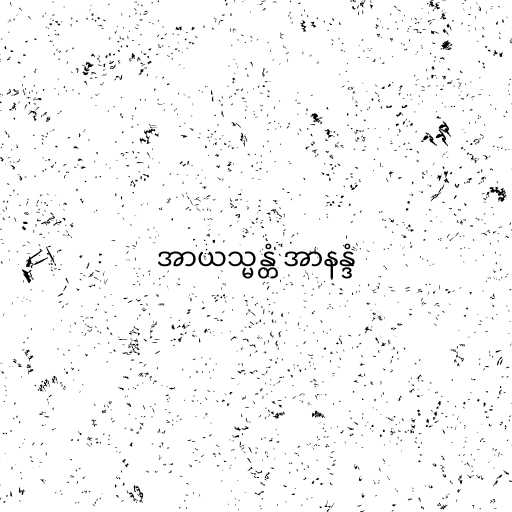
အာယသ္မန္တံ အာနန္ဒံ